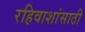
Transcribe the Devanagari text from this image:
रहिवाशांसाठी